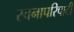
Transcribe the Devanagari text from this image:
रचनापरिपाटी